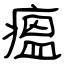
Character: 瘟